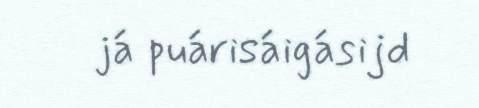
já puárisáigásijd